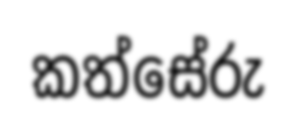
කත්සේරු